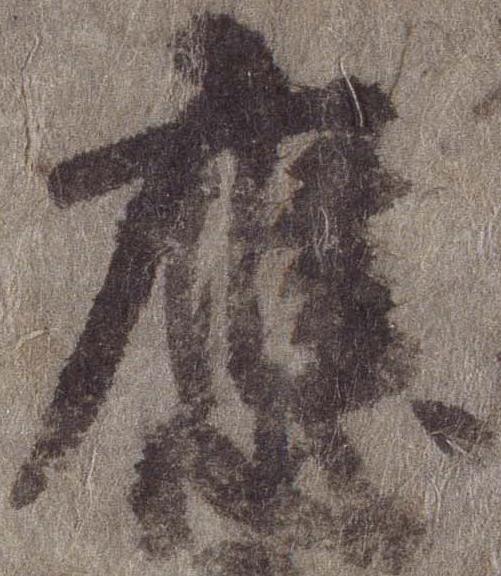
応